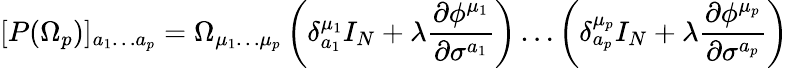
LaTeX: [P(\Omega_{p})]_{a_{1}\ldots a_{p}}=\Omega_{\mu_{1}\ldots\mu_{p}}\left(\delta_{a_{1}}^{\mu_{1}}I_{N}+\lambda\frac{\partial\phi^{\mu_{1}}}{\partial\sigma^{a_{1}}}\right)\ldots\left(\delta_{a_{p}}^{\mu_{p}}I_{N}+\lambda\frac{\partial\phi^{\mu_{p}}}{\partial\sigma^{a_{p}}}\right)